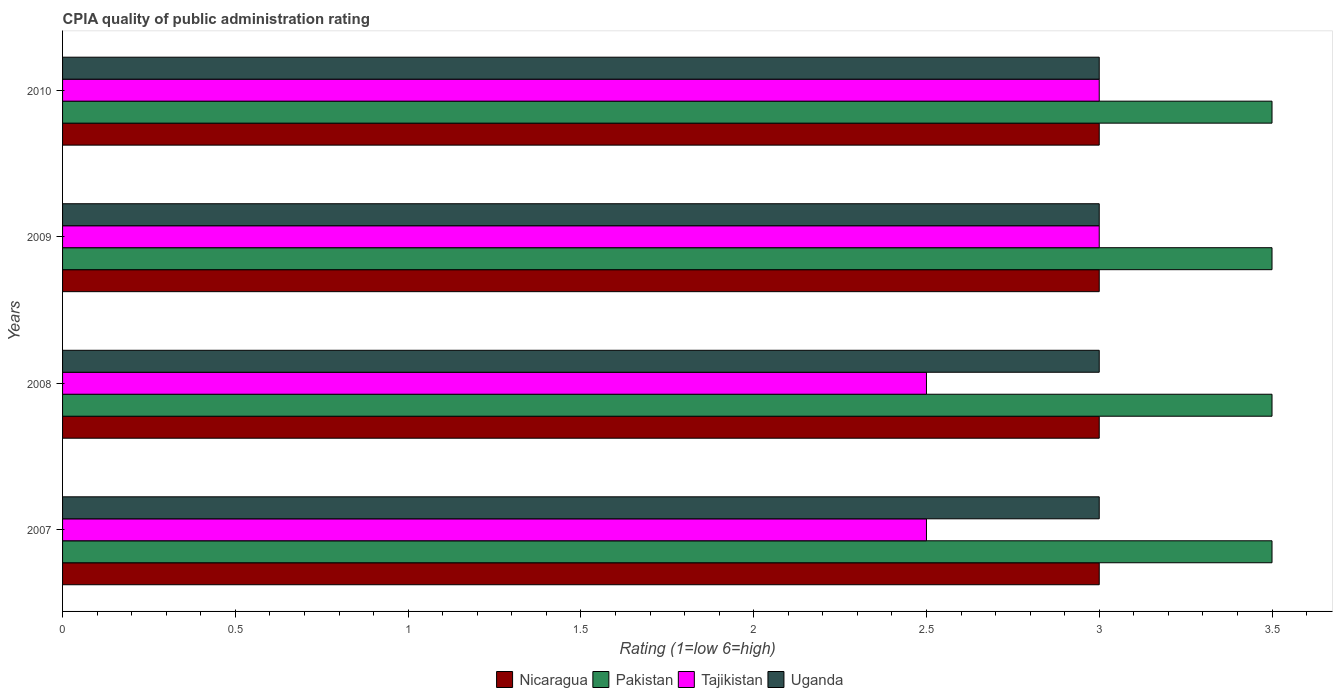
| Years | Nicaragua | Pakistan | Tajikistan | Uganda |
 | --- | --- | --- | --- | --- |
 | 2007 | 3 | 3.5 | 2.5 | 3 |
 | 2008 | 3 | 3.5 | 2.5 | 3 |
 | 2009 | 3 | 3.5 | 3 | 3 |
 | 2010 | 3 | 3.5 | 3 | 3 |